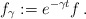
\begin{align*}f_\gamma:=e^{-\gamma t}f\,.\end{align*}